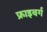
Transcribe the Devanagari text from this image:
फ्राइबर्ग